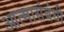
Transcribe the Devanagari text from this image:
आत्मासंबंधी